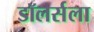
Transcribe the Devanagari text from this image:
डॉलर्सला